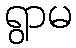
ရွာမ